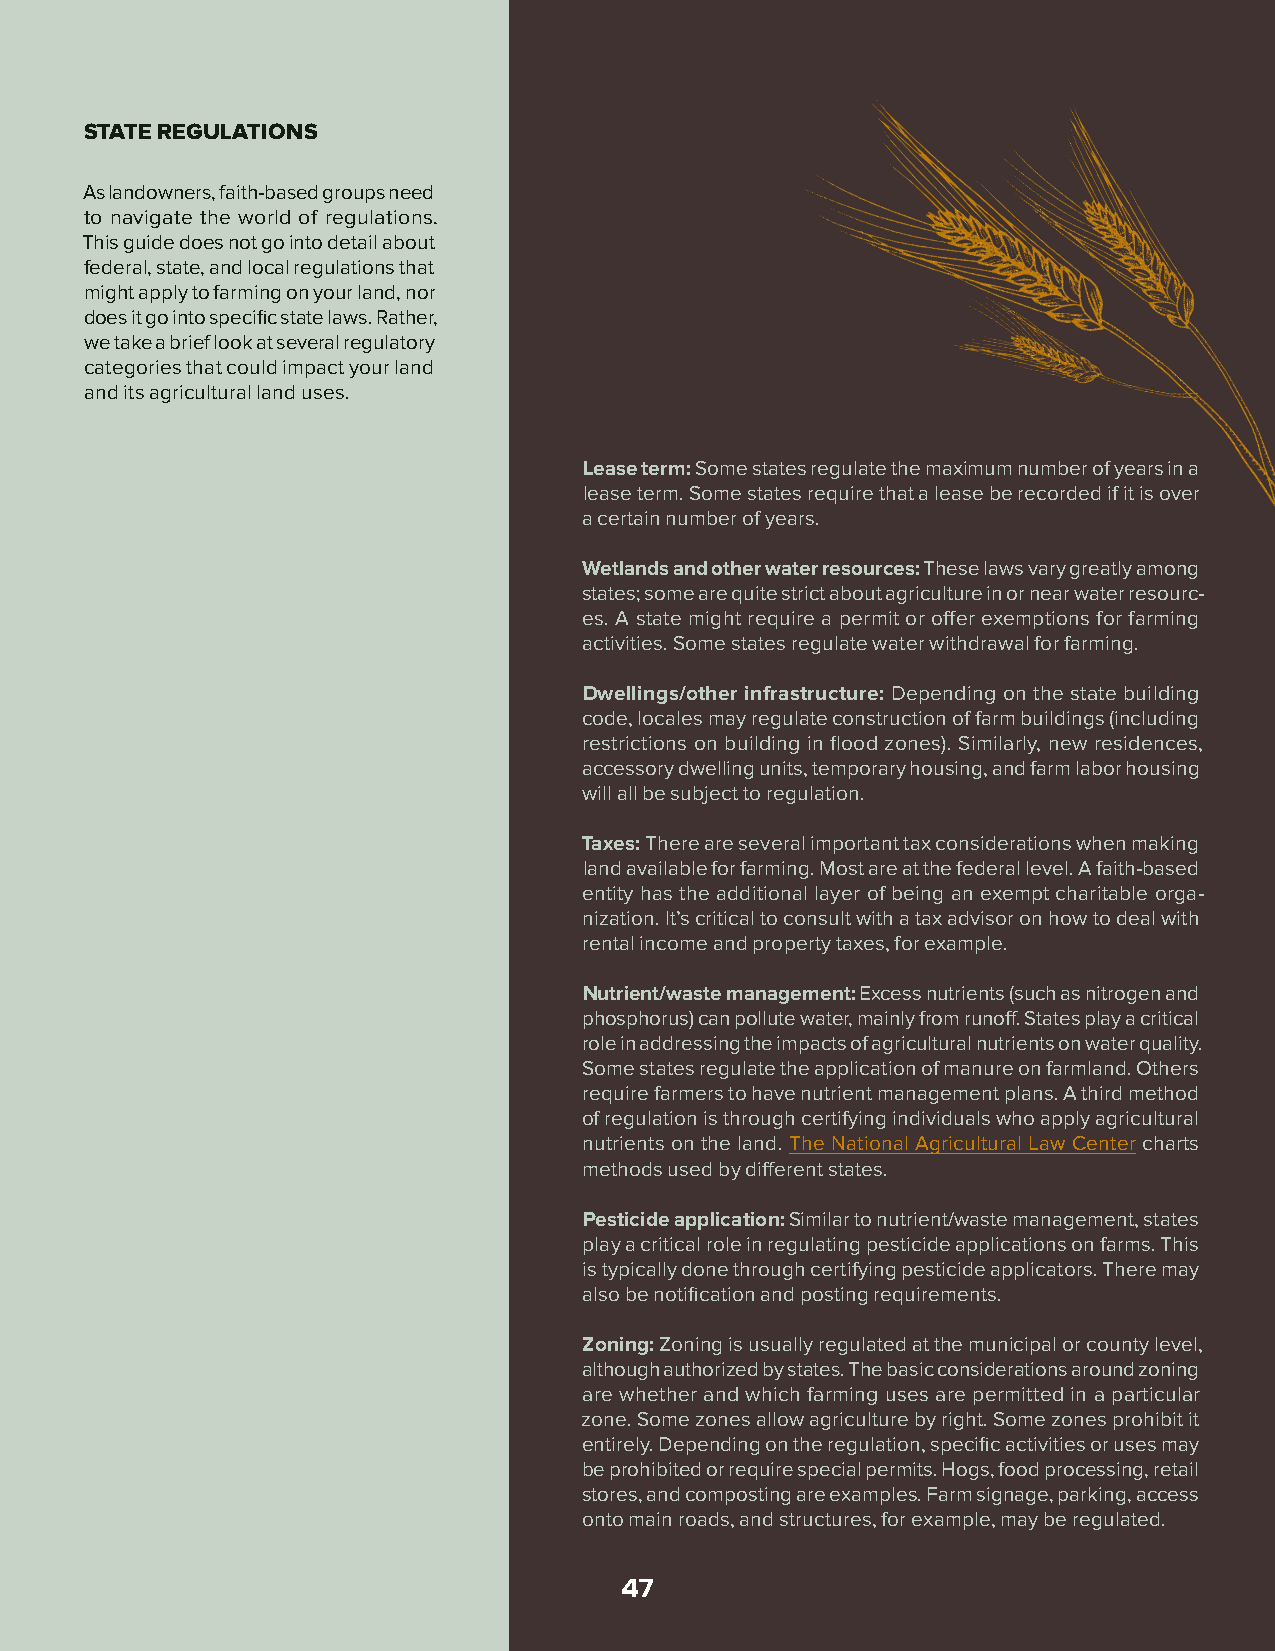
STATE REGULATIONS
 As landowners, faith-based groups need
 to navigate the world of regulations.
 This guide does not go into detail about
 federal, state, and local regulations that
 might apply to farming on your land, nor
 does it go into specific state laws. Rather,
 we take a brief look at several regulatory
 categories that could impact your land
 and its agricultural land uses.
 Lease term: Some states regulate the maximum number of years in a
 lease term. Some states require that a lease be recorded if it is over
 a certain number of years.
 Wetlands and other water resources: These laws vary greatly among
 states; some are quite strict about agriculture in or near water resourc-
 es. A state might require a permit or offer exemptions for farming
 activities. Some states regulate water withdrawal for farming.
 Dwellings/other infrastructure: Depending on the state building
 code, locales may regulate construction of farm buildings (including
 restrictions on building in flood zones). Similarly, new residences,
 accessory dwelling units, temporary housing, and farm labor housing
 will all be subject to regulation.
 Taxes: There are several important tax considerations when making
 land available for farming. Most are at the federal level. A faith-based
 entity has the additional layer of being an exempt charitable orga-
 nization. It’s critical to consult with a tax advisor on how to deal with
 rental income and property taxes, for example.
 Nutrient/waste management: Excess nutrients (such as nitrogen and
 phosphorus) can pollute water, mainly from runoff. States play a critical
 role in addressing the impacts of agricultural nutrients on water quality.
 Some states regulate the application of manure on farmland. Others
 require farmers to have nutrient management plans. A third method
 of regulation is through certifying individuals who apply agricultural
 nutrients on the land. The National Agricultural Law Center charts
 methods used by different states.
 Pesticide application: Similar to nutrient/waste management, states
 play a critical role in regulating pesticide applications on farms. This
 is typically done through certifying pesticide applicators. There may
 also be notification and posting requirements.
 Zoning: Zoning is usually regulated at the municipal or county level,
 although authorized by states. The basic considerations around zoning
 are whether and which farming uses are permitted in a particular
 zone. Some zones allow agriculture by right. Some zones prohibit it
 entirely. Depending on the regulation, specific activities or uses may
 be prohibited or require special permits. Hogs, food processing, retail
 stores, and composting are examples. Farm signage, parking, access
 onto main roads, and structures, for example, may be regulated.
 47